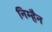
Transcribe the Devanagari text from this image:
निम्हैन